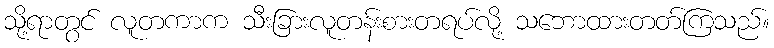
သို့ရာတွင် လူတကာက သီးခြားလူတန်းစားတရပ်လို့ သဘောထားတတ်ကြသည်။